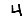
Digit: 4